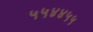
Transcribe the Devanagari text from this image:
५५४४५५